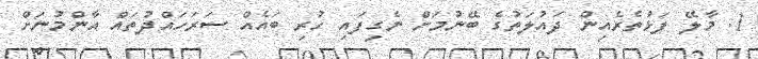
1. މާލޭ ފަޅުތެރެއިން ދައުލަތުގެ ބޭނުމަށް ނެގިފައި ހުރި ބައެއް ސަރަހައްދުތައް އާންމުނަށް